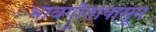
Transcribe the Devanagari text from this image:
भावगीतापासून